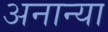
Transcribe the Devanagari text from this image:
अनान्या